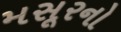
મસૂરનો